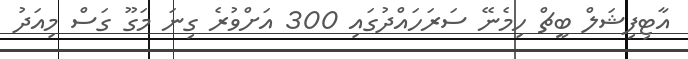
އާޓިފިޝަލް ބީޗް ހިމެނޭ ސަރަހައްދުގައި 300 އަށްވުރެ ގިނަ މަގޫ ގަސް މިއަދު